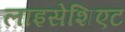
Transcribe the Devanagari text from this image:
लाइसेशिएट